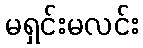
မရှင်းမလင်း